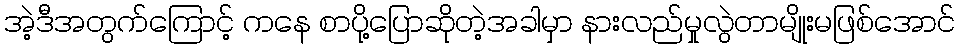
အဲ့ဒီအတွက်ကြောင့် ကနေ စာပို့ပြောဆိုတဲ့အခါမှာ နားလည်မှုလွဲတာမျိုးမဖြစ်အောင်